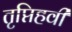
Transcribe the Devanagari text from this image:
तृप्तिहवी